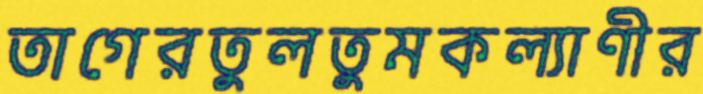
তাগেরতুলতুমকল্যাণীর